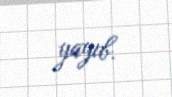
yayıb.